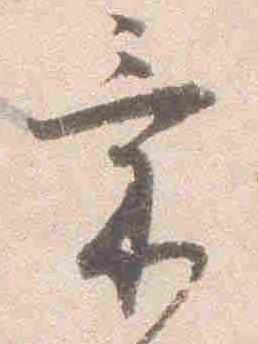
気